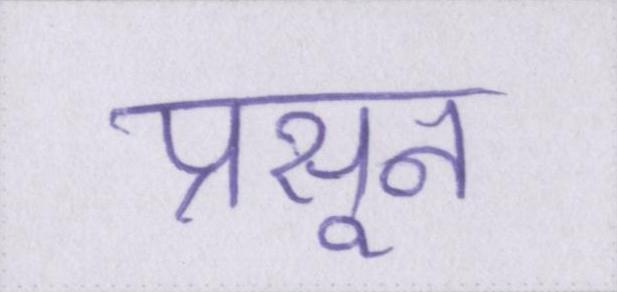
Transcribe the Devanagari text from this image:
प्रसून